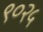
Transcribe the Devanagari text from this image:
९०२५